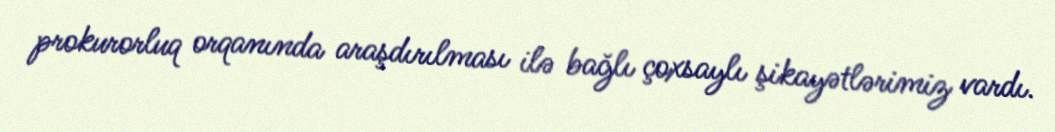
prokurorluq orqanında araşdırılması ilə bağlı çoxsaylı şikayətlərimiz vardı.